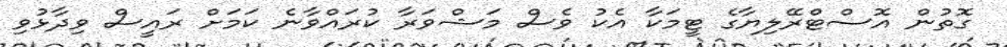
ގޮތުން އޮސްޓްރޭލިޔާގެ ޓީމަކާ އެކު ވެސް މަޝްވަރާ ކުރައްވާނެ ކަމަށް ރައީސް ވިދާޅުވި